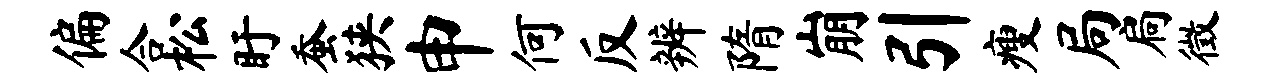
偏合松盱蚕狭申何反辨隋崩引瘦局扃徵